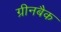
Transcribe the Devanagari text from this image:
ग्रीनबैक